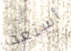
أستعد